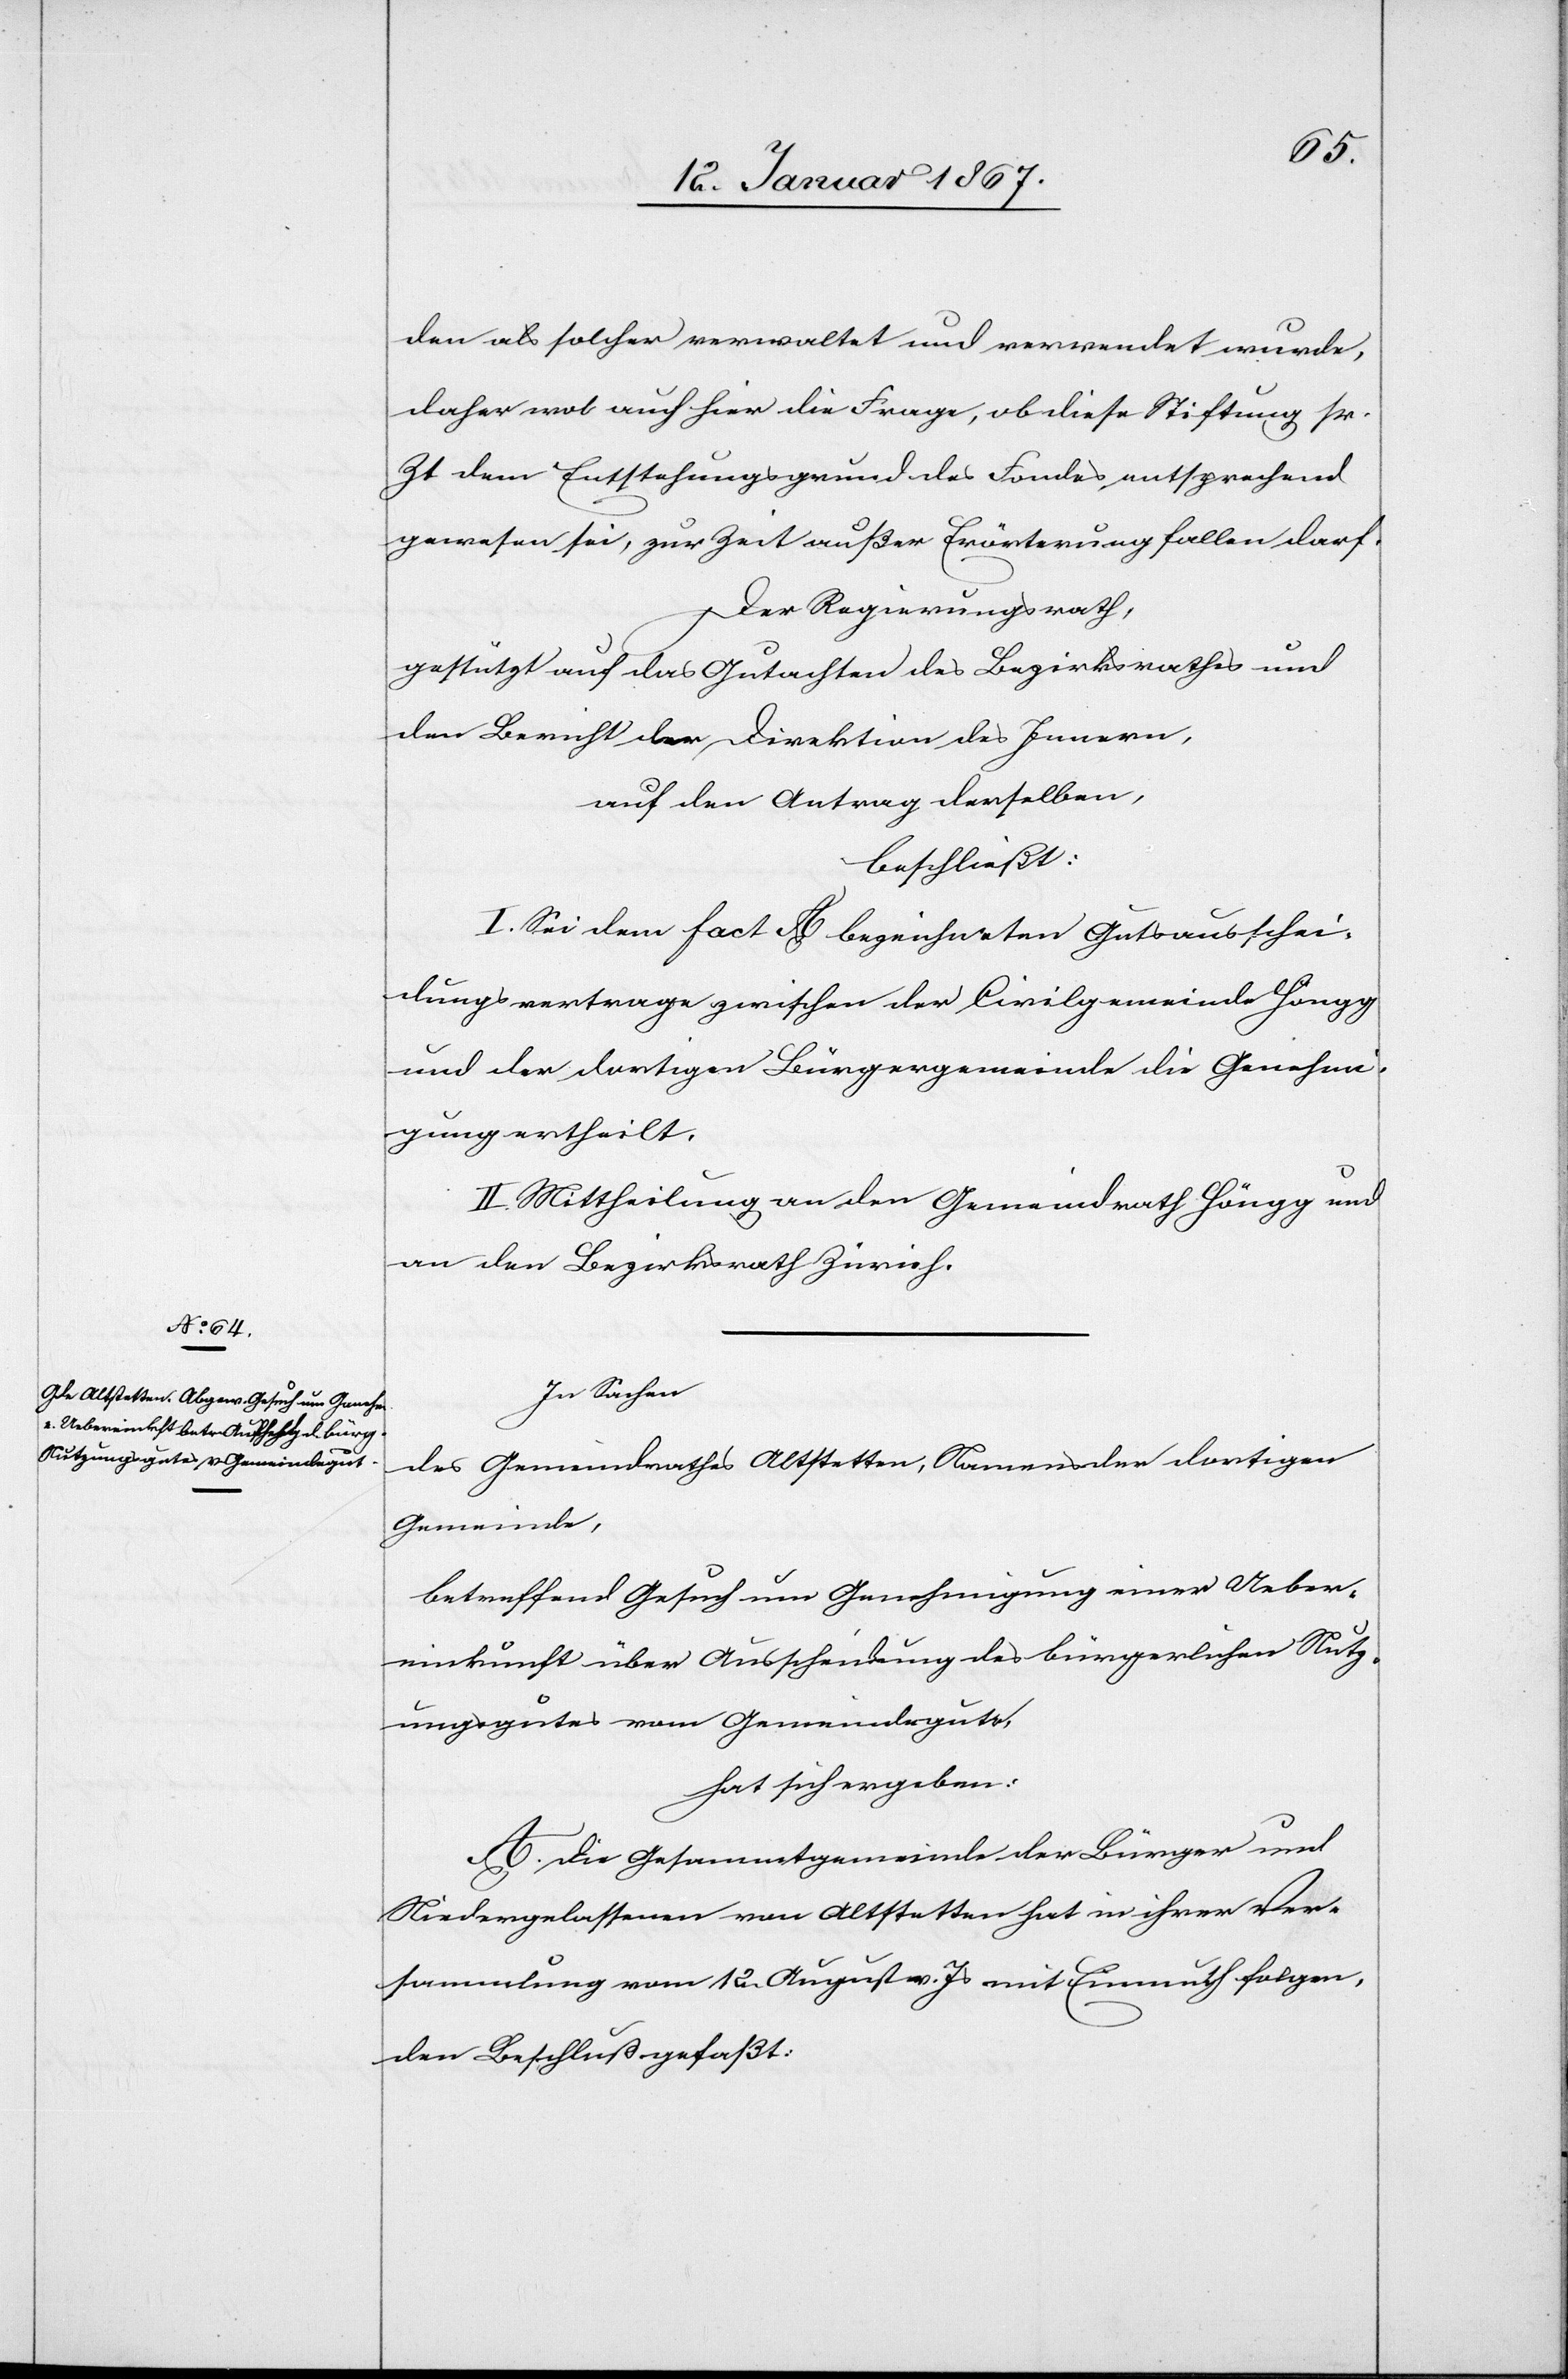
den als solcher verwaltet und verwendet wurde,
daher wol auch hier die Frage, ob diese Stiftung sr.
Zt dem Entstehungsgrund des Fondes entsprechend
gewesen sei, zur Zeit außer Erörterung fallen darf.
Der Regierungsrath,
gestützt auf das Gutachten des Bezirksrathes und
den Bericht der Direktion des Innern,
auf den Antrag derselben,
beschließt:
I. Sei dem fact A bezeichneten Gutsausschei¬
dungsvertrage zwischen der Civilgemeinde Höngg
und der dortigen Bürgergemeinde die Genehmi¬
gung ertheilt.
II. Mittheilung an den Gemeinderath Höngg und
an den Bezirksrath Zürich.
In Sachen
des Gemeinderathes Altstetten, Namens der dortigen
Gemeinde,
betreffend Gesuch um Genehmigung einer Ueber¬
einkunft über Ausscheidung des bürgerlichen Nutz¬
ungsgutes vom Gemeindegut,
hat sich ergeben:
A. Die Gesammtgemeinde der Bürger und
Niedergelassenen von Altstetten hat in ihrer Ver¬
sammlung vom 12. August v. Js mit Einmuth folgen¬
den Beschluß gefaßt: